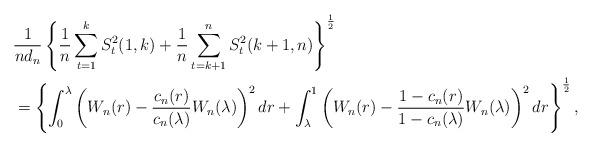
LaTeX: \begin{align*}&\frac{1}{nd_n}\left\{\frac{1}{n}\sum\limits_{t=1}^{k}S_t^2(1, k)+\frac{1}{n}\sum\limits_{t=k+1}^n S_t^2(k+1,n)\right\}^\frac{1}{2}\\&=\left\{\int_0^{\lambda}\left(W_n(r)-\frac{c_n(r)}{c_n(\lambda)}W_n(\lambda)\right)^2dr+\int_{\lambda}^1\left(W_n(r)-\frac{1-c_n(r)}{1-c_n(\lambda)} W_n(\lambda)\right)^2dr\right\}^{\frac{1}{2}}, \end{align*}